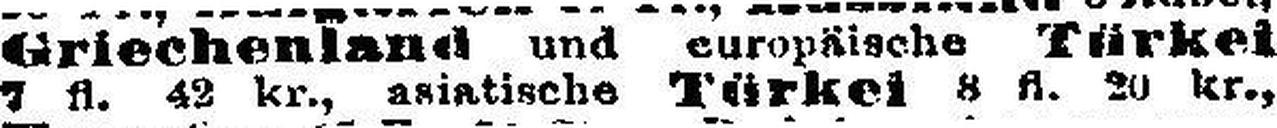
7 fl. 42 kr., asiatische Türkei 8 fl. 20 kr.,